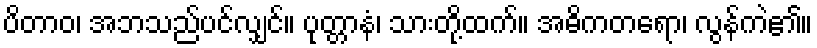
ပိတာဝ၊ အဘသည်ပင်လျှင်။ ပုတ္တာနံ၊ သားတို့ထက်။ အဓိကတရော၊ လွန်ကဲ၏။